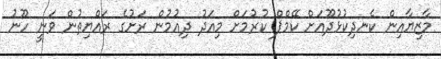
މާޒިޔާއިން ކެނދިކުޅުދޫއަށް ކޭމްޕް ކުރުމަށް މިއަދު ދިއުމުން ރަށުގެ ރައްޔިތުން ވަނީ ހޫނު